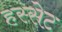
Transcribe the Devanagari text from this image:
हस्सेट